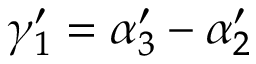
\gamma _ { 1 } ^ { \prime } = \alpha _ { 3 } ^ { \prime } - \alpha _ { 2 } ^ { \prime }